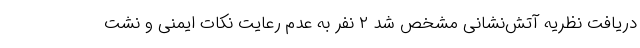
دریافت نظریه آتش‌نشانی مشخص شد ۲ نفر به عدم رعایت نکات ایمنی و نشت